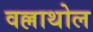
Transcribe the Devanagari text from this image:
वल्लाथोल